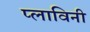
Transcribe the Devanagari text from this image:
प्लाविनी